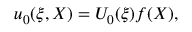
u _ { 0 } ( \xi , X ) = U _ { 0 } ( \xi ) f ( X ) ,